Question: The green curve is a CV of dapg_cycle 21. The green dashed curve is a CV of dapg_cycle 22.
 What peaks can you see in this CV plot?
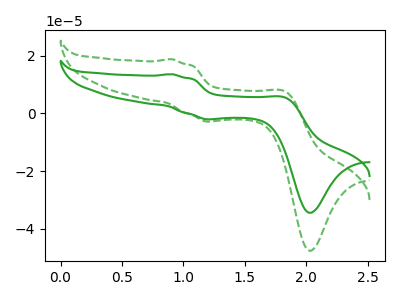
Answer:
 <answer>The green curve "dapg_cycle 21" has anodic peaks at (0.90V, 13.65uA) (1.85V, 5.50uA) and cathodic peaks at (1.25V, -2.05uA) (2.05V, -34.50uA). The green dashed curve "dapg_cycle 22" has anodic peaks at (0.90V, 18.85uA) (1.85V, 7.60uA) and cathodic peaks at (1.25V, -2.80uA) (2.05V, -47.70uA).</answer>
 <eval></eval>